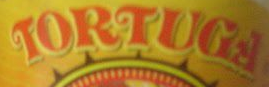
TOPTUGF